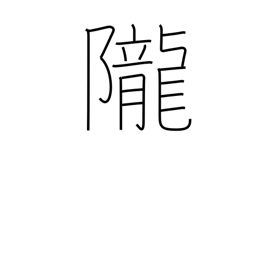
Meaning: hill